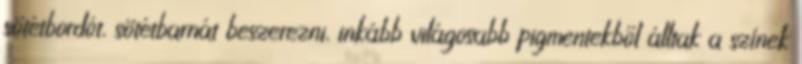
sötétbordót, sötétbarnát beszerezni, inkább világosabb pigmentekből álltak a színek